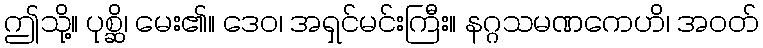
ဤသို့။ ပုစ္ဆိ၊ မေး၏။ ဒေဝ၊ အရှင်မင်းကြီး။ နဂ္ဂသမဏကေဟိ၊ အဝတ်